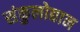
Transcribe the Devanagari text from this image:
संकुलोद्यान